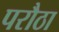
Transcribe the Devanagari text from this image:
परौठा